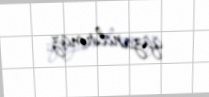
qazandırmaz.